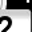
Digit: 2